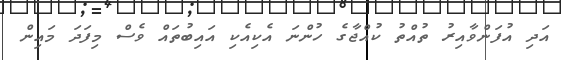
އަދި އުފަންވާއިރު ތުއްތު ކުއްޖާގެ ހުންނަ އެކިއެކި އައިބުތައް ވެސް މިފަދަ މައިން